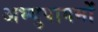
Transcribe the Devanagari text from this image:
अभ्युपागमों